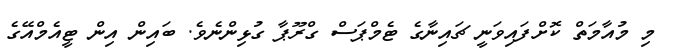
މި މުއާމަތް ކޮށްފައިވަނީ ޗައިނާގެ ޓެމްޕަސް ގްރޫޕާ ގުޅިންނެވެ. ބައިން އިން ޓީއެމްއޭގެ